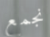
نجمع